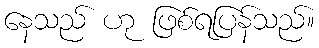
နေသည် ဟု ဖြစ်ရပြန်သည်။